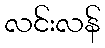
လင်းလန်